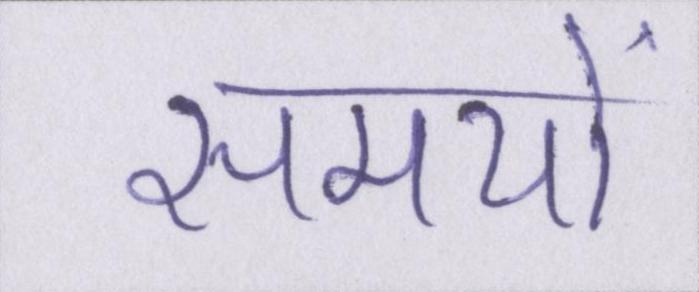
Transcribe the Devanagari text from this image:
समयों